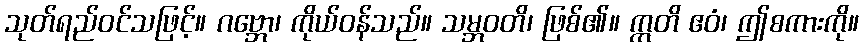
သုတ်ရည်ဝင်သဖြင့်။ ဂဗ္ဘော၊ ကိုယ်ဝန်သည်။ သမ္ဘဝတိ၊ ဖြစ်၏။ ဣတိ ဧဝံ၊ ဤစကားကို။